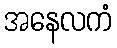
အနေလကံ